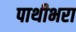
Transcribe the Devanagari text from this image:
पाथीभरा